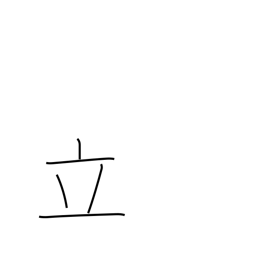
Meaning: set up